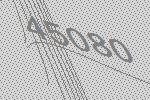
45080